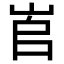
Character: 𡶫